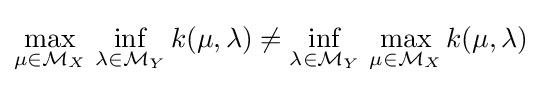
\max _{\mu \in {\mathcal {M}}_{X}}\,\inf _{\lambda \in {\mathcal {M}}_{Y}}k(\mu ,\lambda )\neq \inf _{\lambda \in {\mathcal {M}}_{Y}}\,\max _{\mu \in {\mathcal {M}}_{X}}k(\mu ,\lambda )